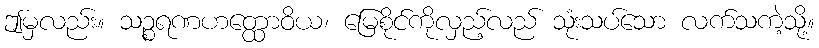
ဤမှလည်း။ သဉ္စရဏဟတ္ထောဝိယ၊ မြေစိုင်ကိုလှည့်လည် သုံးသပ်သော လက်သကဲ့သို့။